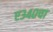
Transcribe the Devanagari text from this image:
ए३४०चा